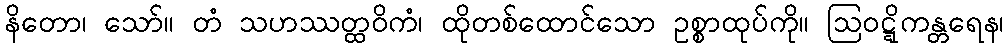
နိတော၊ သော်။ တံ သဟဿတ္ထဝိကံ၊ ထိုတစ်ထောင်သော ဥစ္စာထုပ်ကို။ ဩဝဋ္ဋိကန္တရေန၊